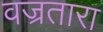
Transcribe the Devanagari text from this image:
वज्रतारा